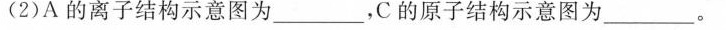
(2)A的离子结构示意图为___，C的原子结构示意图为_____。